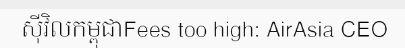
ស៊ីវិលកម្ពុជាFees too high: AirAsia CEO